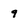
Character: 9